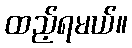
ထည့်ရမယ်။